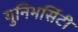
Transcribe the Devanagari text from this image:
युनिभर्सिटी